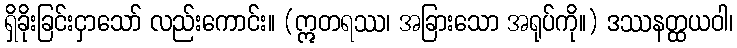
ရှိခိုးခြင်းငှာသော် လည်းကောင်း။ (ဣတရဿ၊ အခြားသော အရုပ်ကို။) ဒဿနတ္ထယဝါ၊